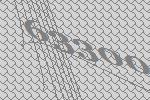
63300